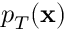
p _ { T } ( \mathbf { x } )